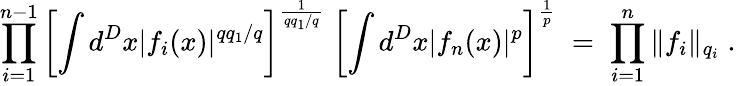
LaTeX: \prod_{i=1}^{n-1}\left[\int d^{D}x|f_{i}(x)|^{qq_{1}/q}\right]^{\frac{1}{qq_{1}/q}}\; \left[\int d^{D}x|f_{n}(x)|^{p}\right]^{\frac{1}{p}}\; =\; \prod_{i=1}^{n}\| f_{i}\| _{q_{i}}\; .